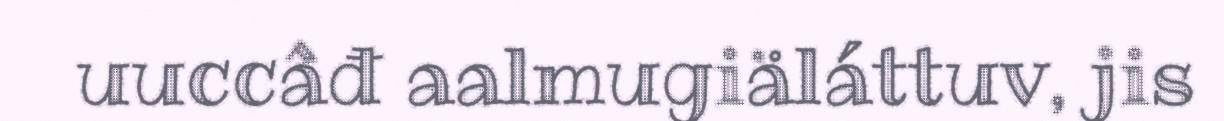
uuccâđ aalmugiäláttuv, jis